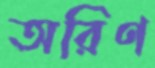
অরিণ